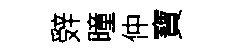
辤曈仲寶